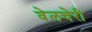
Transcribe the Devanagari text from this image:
वेलचेरी